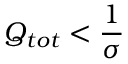
Q _ { t o t } < \frac { 1 } { \sigma }